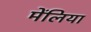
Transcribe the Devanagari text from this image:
मेंलिया